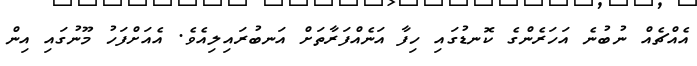
އެއްޗެއް ނުބުނެ އަހަރެންގެ ކޮނޑުގައި ހިފާ އަނެއްފަރާތަށް އަނބުރައިލިއެވެ. އެއަށްފަހު މޫނުގައި އިން